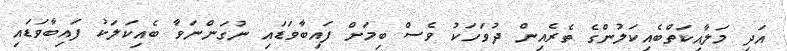
އަދި މަލާއިކަތްބެއިކަލުންގެ ތެރެއިން ދުވަހަކު ވެސް ބިމަށް ފައިބާވަޑައި ނުގަންނަވާ ބެއިކަލަކު ފައިބާވަޑައި